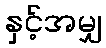
နှင့်အမျှ